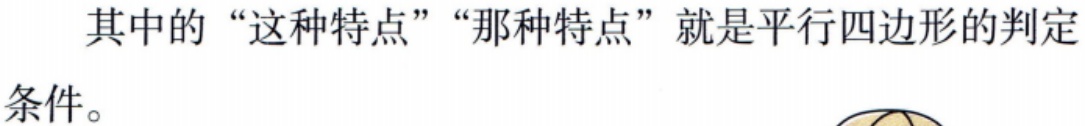
其中的“这种特点”“那种特点”就是平行四边形的判定条件。